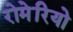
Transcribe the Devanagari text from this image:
रोमेरियो